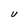
Character: U